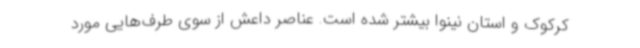
کرکوک و استان نینوا بیشتر شده است. عناصر داعش از سوی طرف‌هایی مورد